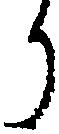
り